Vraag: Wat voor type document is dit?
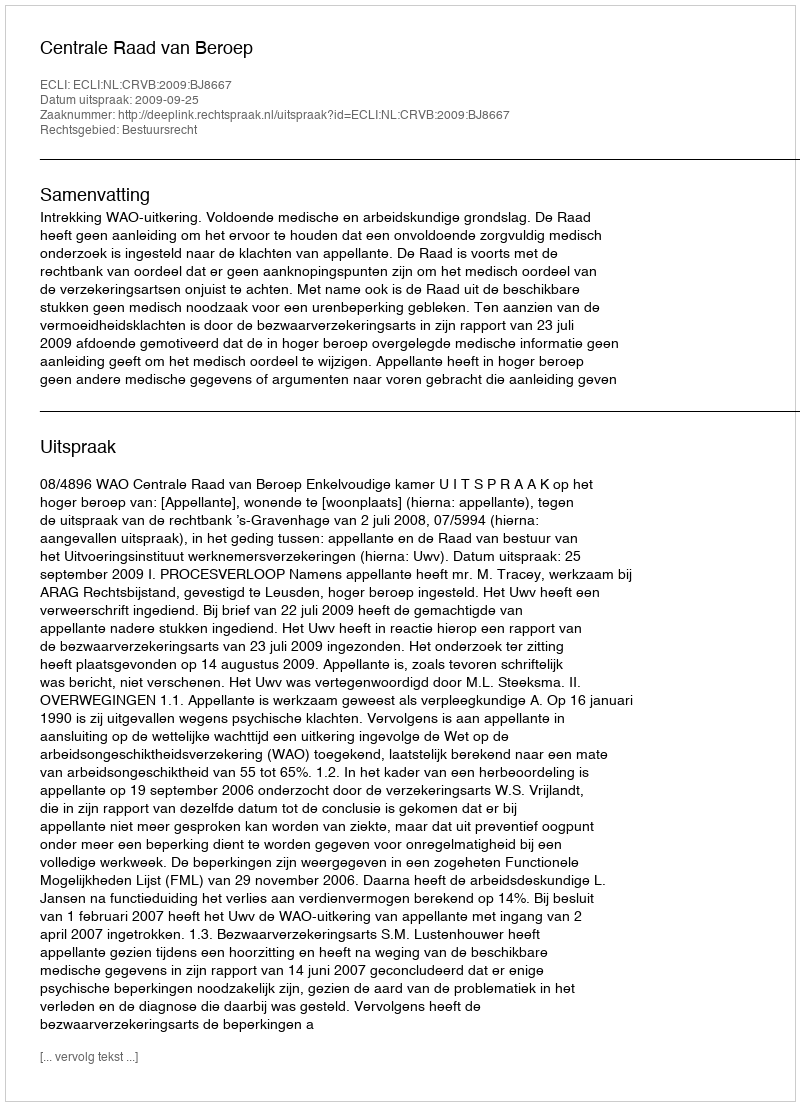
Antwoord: Uitspraak